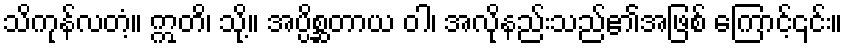
သိကုန်လတံ့။ ဣတိ၊ သို့။ အပ္ပိစ္ဆတာယ ဝါ၊ အလိုနည်းသည်၏အဖြစ် ကြောင့်၎င်း။